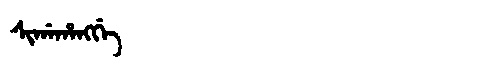
Manchu: ᠰᡳᡤᠠᡥᠠᠩᡤᡝ
Romanization: SIGAHANGGE